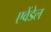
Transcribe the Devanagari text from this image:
एवेंडेल